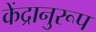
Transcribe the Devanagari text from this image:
केंद्रानुरूप